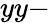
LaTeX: yy-